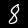
Label: 8